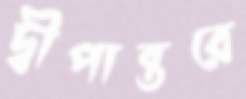
দ্বীপান্তরে